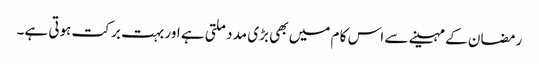
رمضان کے مہینے سے اس کا م میں بھی بڑی مد دملتی ہے اور بہت بر کت ہوتی ہے۔